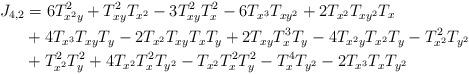
LaTeX: \begin{align*}J_{4,2}&=6T_{x^2y}^2+T_{xy}^2T_{x^2}-3T_{xy}^2T_{x}^2-6T_{x^3}T_{xy^2}+2T_{x^2}T_{xy^2}T_{x}\\&+4T_{x^3}T_{xy}T_{y}-2T_{x^2}T_{xy}T_{x}T_{y}+2T_{xy}T_{x}^3T_{y}-4T_{x^2y}T_{x^2}T_{y}-T_{x^2}^2T_{y^2}\\&+T_{x^2}^2T_{y}^2+4T_{x^2}T_{x}^2T_{y^2}-T_{x^2}T_{x}^2T_{y}^2-T_{x}^4T_{y^2}-2T_{x^3}T_{x}T_{y^2}\end{align*}